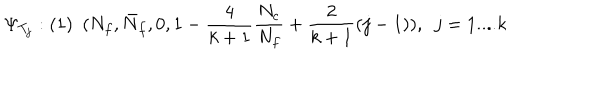
\Psi _ { T _ { j } } : ( 1 ) \ \ ( N _ { f } , \bar { N } _ { f } , 0 , 1 - \frac { 4 } { k + 1 } \frac { N _ { c } } { N _ { f } } + \frac { 2 } { k + 1 } ( j - 1 ) ) , \ \ j = 1 . . . . k